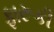
ફારૂકી